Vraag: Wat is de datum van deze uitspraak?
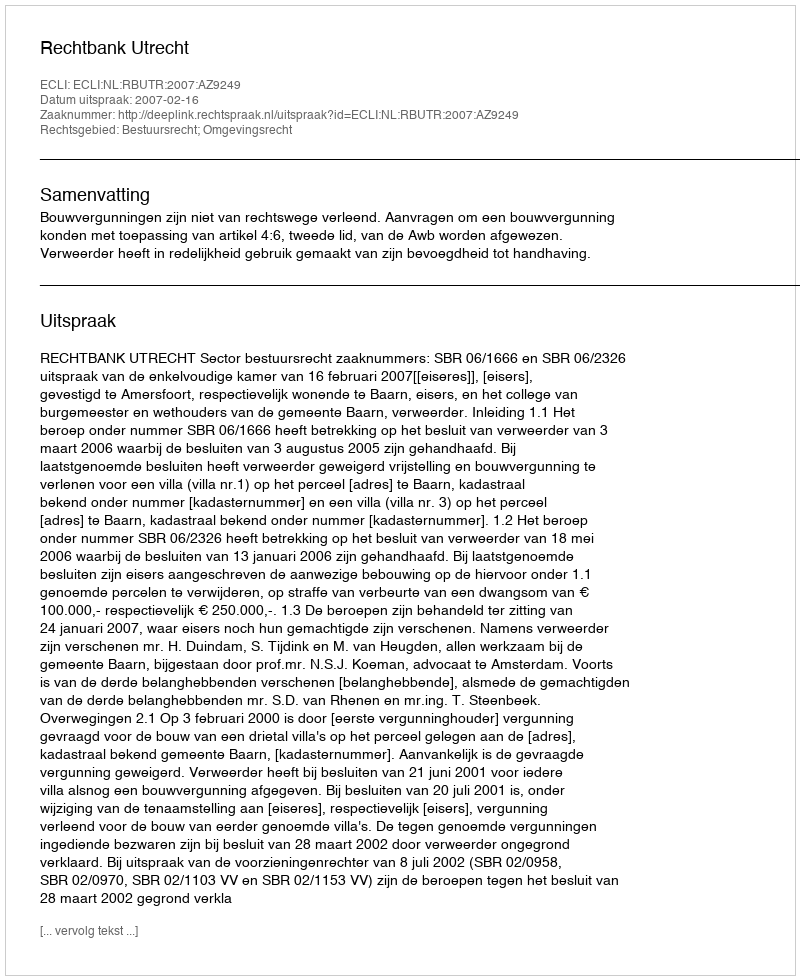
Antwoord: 2007-02-16